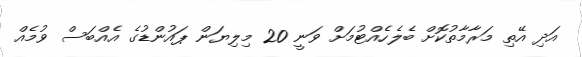
އަދި އޭތި މަރާމާތުކޮށް ބެލެހެއްޓުމަށް ވަނީ 20 މިލިޔަން ޕައުންޑުގެ އެއްބަސް ވުމެއް